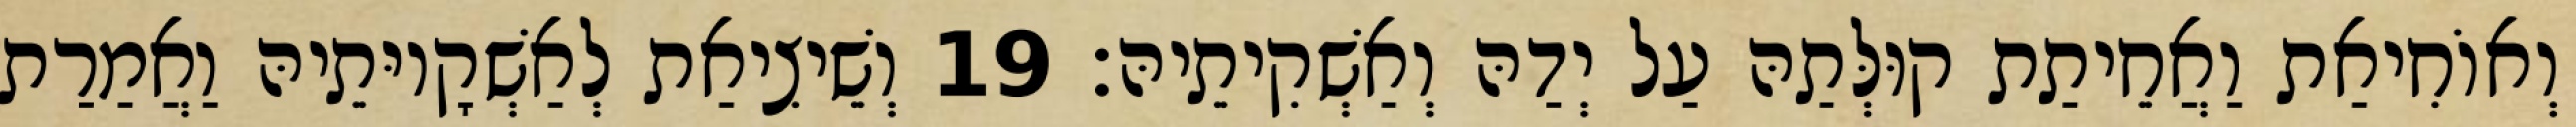
וְאוֹחִיאַת וַאֲחֵיתַת קוּלְּתַהּ עַל יְדַהּ וְאַשְׁקִיתֵיהּ׃ 19 וְשֵׁיצִיאַת לְאַשְׁקָיוּתֵיהּ וַאֲמַרַת